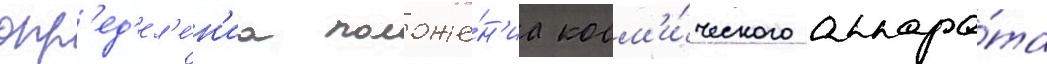
опр'ед'ел'е́н'иа положе́н'иа косм'и́ческого аппара́та